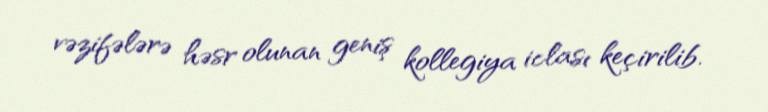
vəzifələrə həsr olunan geniş kollegiya iclası keçirilib.